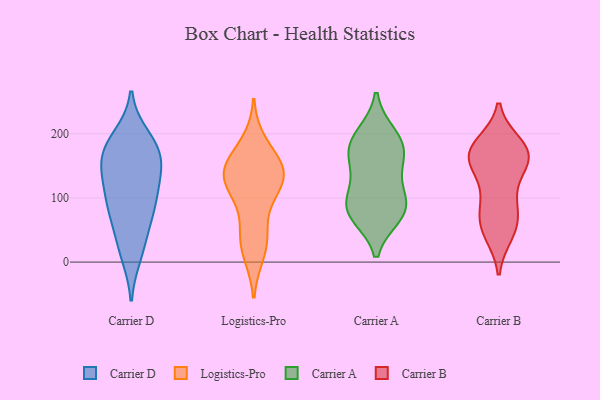
{"axis": {"x": "Temperature (°C)", "y": "Value"}, "legend": ["Carrier A", "Carrier B", "Carrier D", "Logistics-Pro"], "data": [{"x": "", "y": 179, "type": "Carrier D"}, {"x": "", "y": 168, "type": "Carrier D"}, {"x": "", "y": 136, "type": "Carrier D"}, {"x": "", "y": 22, "type": "Carrier D"}, {"x": "", "y": 83, "type": "Carrier D"}, {"x": "", "y": 112, "type": "Carrier D"}, {"x": "", "y": 176, "type": "Carrier D"}, {"x": "", "y": 194, "type": "Carrier D"}, {"x": "", "y": 88, "type": "Carrier D"}, {"x": "", "y": 135, "type": "Carrier D"}, {"x": "", "y": 143, "type": "Carrier D"}, {"x": "", "y": 85, "type": "Carrier D"}, {"x": "", "y": 12, "type": "Carrier D"}, {"x": "", "y": 175, "type": "Carrier D"}, {"x": "", "y": 56, "type": "Carrier D"}, {"x": "", "y": 137, "type": "Logistics-Pro"}, {"x": "", "y": 33, "type": "Logistics-Pro"}, {"x": "", "y": 45, "type": "Logistics-Pro"}, {"x": "", "y": 146, "type": "Logistics-Pro"}, {"x": "", "y": 130, "type": "Logistics-Pro"}, {"x": "", "y": 183, "type": "Logistics-Pro"}, {"x": "", "y": 142, "type": "Logistics-Pro"}, {"x": "", "y": 149, "type": "Logistics-Pro"}, {"x": "", "y": 16, "type": "Logistics-Pro"}, {"x": "", "y": 121, "type": "Logistics-Pro"}, {"x": "", "y": 104, "type": "Logistics-Pro"}, {"x": "", "y": 73, "type": "Carrier A"}, {"x": "", "y": 90, "type": "Carrier A"}, {"x": "", "y": 199, "type": "Carrier A"}, {"x": "", "y": 160, "type": "Carrier A"}, {"x": "", "y": 75, "type": "Carrier A"}, {"x": "", "y": 81, "type": "Carrier A"}, {"x": "", "y": 174, "type": "Carrier A"}, {"x": "", "y": 128, "type": "Carrier A"}, {"x": "", "y": 98, "type": "Carrier A"}, {"x": "", "y": 193, "type": "Carrier A"}, {"x": "", "y": 168, "type": "Carrier A"}, {"x": "", "y": 157, "type": "Carrier B"}, {"x": "", "y": 172, "type": "Carrier B"}, {"x": "", "y": 84, "type": "Carrier B"}, {"x": "", "y": 90, "type": "Carrier B"}, {"x": "", "y": 163, "type": "Carrier B"}, {"x": "", "y": 177, "type": "Carrier B"}, {"x": "", "y": 184, "type": "Carrier B"}, {"x": "", "y": 66, "type": "Carrier B"}, {"x": "", "y": 179, "type": "Carrier B"}, {"x": "", "y": 44, "type": "Carrier B"}, {"x": "", "y": 45, "type": "Carrier B"}, {"x": "", "y": 166, "type": "Carrier B"}, {"x": "", "y": 114, "type": "Carrier B"}, {"x": "", "y": 60, "type": "Carrier B"}, {"x": "", "y": 147, "type": "Carrier B"}, {"x": "", "y": 156, "type": "Carrier B"}]}